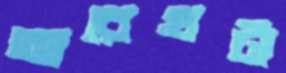
আরেখটা